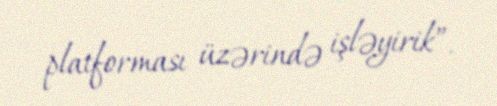
platforması üzərində işləyirik”.